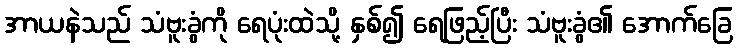
အာယနဲသည် သံဗူးခွံကို ရေပုံးထဲသို့ နှစ်၍ ရေဖြည့်ပြီး သံဗူးခွံ၏ အောက်ခြေ